Code of medical and sanitary regulations for the guidance of medical officers serving in the Madras Presidency - Volume I
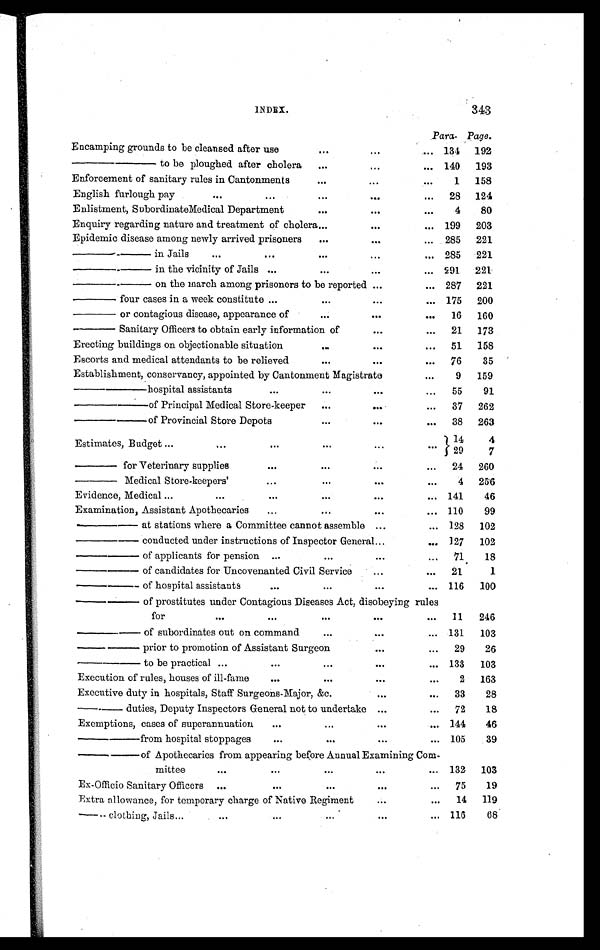
INDEX.
343
Para. Page.
Encamping grounds to be cleansed after use
...
...
... 134 192
—— to be ploughed after cholera
...
...
... 140 193
Enforcement of sanitary rules in Cantonments
...
...
. . .
1 158
English furlough pay
...
...
...
. . .
... 28 124
Enlistment, Subordinate Medical Department
...
. . .
. . .
4
80
Enquiry regarding nature and treatment of cholera ...
. . .
... 199 203
Epidemic disease among newly arrived prisoners
...
. . .
... 285 221
—— in Jails
. . .
...
...
...
... 285 221
—— in the vicinity of Jails ...
...
...
... 291 221
—— on the march among prisoners to be reported ...
... 287 221
— four cases in a week constitute ...
...
...
... 175 200
— or contagious disease, appearance of
. . .
. . .
. . . 16 160
— Sanitary Officers to obtain early information of
. . .
... 21 173
Erecting buildings on objectionable situation
...
...
... 51 158
Escorts and medical attendants to be relieved
...
. . .
... 76
35
Establishment, conservancy, appointed by Cantonment Magistrate
...
9
159
—— hospital assistants
...
...
. . .
...
55
91
—— of Principal Medical Store-keeper
...
...
...
37 262
— — o f P r o v i n c i a l S t o r e D e p o t s
...
. . .
... 38 263
Estimates, Budget ...
...
...
. . .
. . .
. . . 14
4
29
7
— for Veterinary supplies
...
...
. . .
. . .
24 260
— Medical Store-keepers'
...
...
. . .
...
4 256
Evidence, Medical ...
...
...
...
. . .
... 141
46
Examination, Assistant Apothecaries
...
...
...
... 110
99
—— at st at i ons wher e a Commi t t ee cannot assembl e ...
... 128 102
—— conduct ed under i nst ruct i ons of Inspect or General . . .
... 127 102
— — o f a p p l i c a n t s f o r p e n s i o n
..
. . .
...
...
71
18
—— of candidates for Uncovenanted Civil Service
...
... 21
1
— — o f h o s p i t a l a s s i s t a n t s
...
...
...
... 116 100
—— of prostitutes under Contagious Diseases Act, disobeying rules
for
...
...
...
. . .
... 11
246
— — o f s u b o r d i n a t e s o u t o n c o m m a n d
...
. . .
... 131
103
—— prior to promotion of Assistant Surgeon
. . .
...
29
26
— — t o b e p r a c t i c a l . . .
...
...
. . .
... 133 103
Execution of rules, houses of ill-fame
...
...
. . .
...
2 163
Executive duty in hospitals, Staff Surgeons-Major, &c.
. . .
...
33
28
— duties, Deputy Inspectors General not to undertake ...
... 72
18
Exemptions, cases of superannuation
...
...
. . .
... 144
46
—— from hospital stoppages
. . .
. . .
...
... 105
39
—— of Apothecaries from appearing before Annual Examining Com-
mittee
...
. . .
. . .
. . .
... 132 103
Ex-Officio Sanitary Officers ...
. . .
...
. . .
. . . 75
19
Extra allowance, for temporary charge of Native Regiment
. . .
...
14 119
— clothing, Jails...
...
...
...
. . .
... 116
68